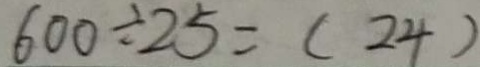
6 0 0 \div 2 5 = ( 2 4 )